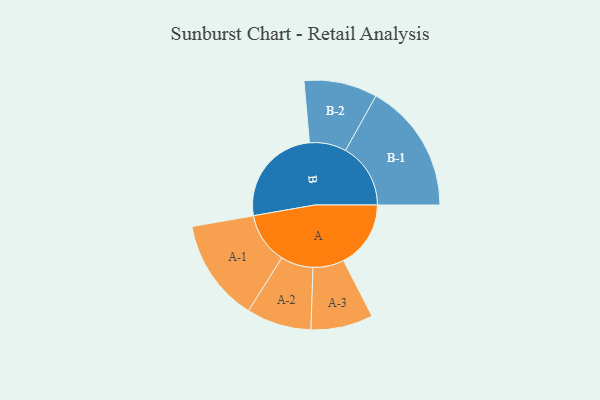
{"axis": {"x": "Segment", "y": "Value"}, "legend": ["", "A", "B"], "data": [{"x": "A", "y": 253, "type": ""}, {"x": "B", "y": 382, "type": ""}, {"x": "A-1", "y": 193, "type": "A"}, {"x": "A-2", "y": 122, "type": "A"}, {"x": "A-3", "y": 117, "type": "A"}, {"x": "B-1", "y": 245, "type": "B"}, {"x": "B-2", "y": 138, "type": "B"}]}